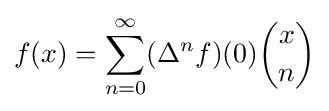
f(x)=\sum _{n=0}^{\infty }(\Delta ^{n}f)(0){x \choose n}